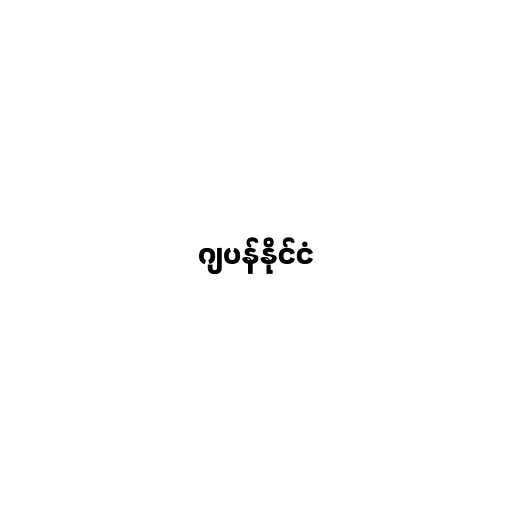
ဂျပန်နိုင်ငံ